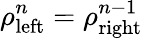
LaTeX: \rho_{\mathrm{left}}^{n}=\rho_{\mathrm{right}}^{n-1}